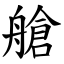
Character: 艙